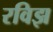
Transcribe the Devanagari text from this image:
रविझ